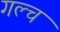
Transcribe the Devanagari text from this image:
गल्च